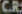
CR